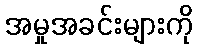
အမှုအခင်းများကို